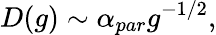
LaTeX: D(g)\sim\alpha_{par}g^{-1/2},